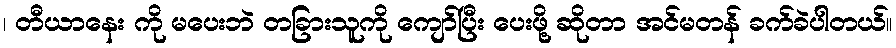
၊ တီယာနေး ကို မပေးဘဲ တခြားသူကို ကျော်ပြီး ပေးဖို့ ဆိုတာ အင်မတန် ခက်ခဲပါတယ်။